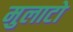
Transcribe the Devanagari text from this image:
मुलाटो